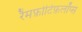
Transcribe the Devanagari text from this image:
रैमफ़ोटिफ़लॉप्स